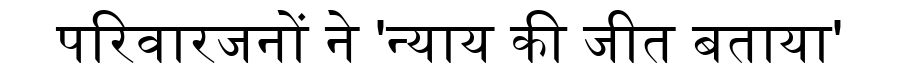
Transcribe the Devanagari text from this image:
परिवारजनों ने 'न्याय की जीत बताया'